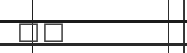
٢٦